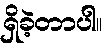
ရှိခဲ့တာပါ။